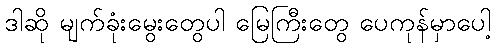
ဒါဆို မျက်ခုံးမွေးတွေပါ မြေကြီးတွေ ပေကုန်မှာပေါ့